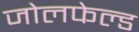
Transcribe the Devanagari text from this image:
जोलफेल्ड